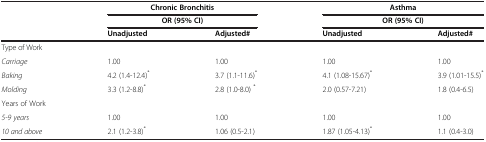
|  | <COLSPAN=2> Chronic Bronchitis | <COLSPAN=2> Asthma |
 |  | <COLSPAN=2> OR (95% CI) | <COLSPAN=2> OR (95% CI) |
 |  | Unadjusted | Adjusted# | Unadjusted | Adjusted# |
 | --- | --- | --- | --- | --- |
 | <COLSPAN=5> Type of Work |
 | Carriage | 1.00 | 1.00 | 1.00 | 1.00 |
 | Baking | 4.2 (1.4-12.4)* | 3.7 (1.1-11.6)* | 4.1 (1.08-15.67)* | 3.9 (1.01-15.5)* |
 | Molding | 3.3 (1.2-8.8)* | 2.8 (1.0-8.0) * | 2.0 (0.57-7.21) | 1.8 (0.4-6.5) |
 | <COLSPAN=5> Years of Work |
 | 5-9 years | 1.00 | 1.00 | 1.00 | 1.00 |
 | 10 and above | 2.1 (1.2-3.8)* | 1.06 (0.5-2.1) | 1.87 (1.05-4.13)* | 1.1 (0.4-3.0) |